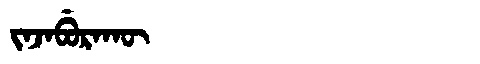
Manchu: ᠵᠠᠵᠠᠪᡠᡵᠠᡴᡡ
Romanization: JAJABURAKŪ